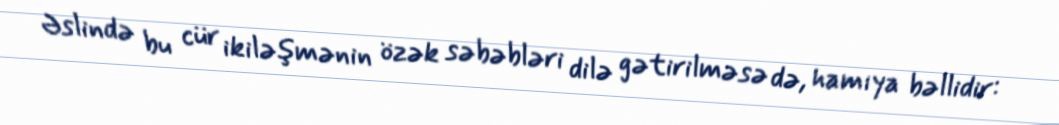
Əslində bu cür ikiləşmənin özək səbəbləri dilə gətirilməsə də, hamıya bəllidir: